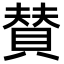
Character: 賛